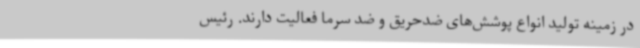
در زمینه تولید انواع پوشش‌های ضدحریق و ضد سرما فعالیت دارند. رئیس